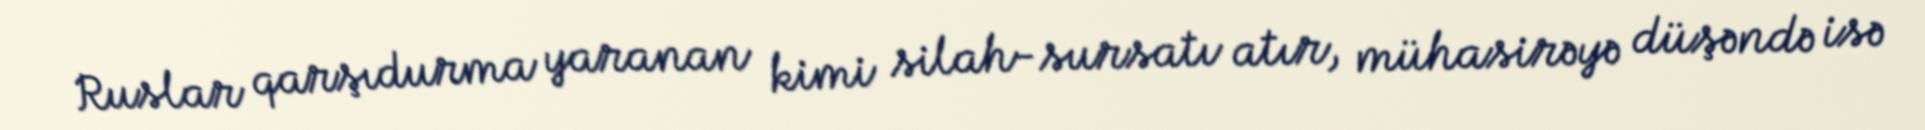
Ruslar qarşıdurma yaranan kimi silah-sursatı atır, mühasirəyə düşəndə isə